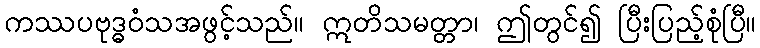
ကဿပဗုဒ္ဓဝံသအဖွင့်သည်။ ဣတိသမတ္တာ၊ ဤတွင်၍ ပြီးပြည့်စုံပြီ။